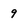
Character: 9